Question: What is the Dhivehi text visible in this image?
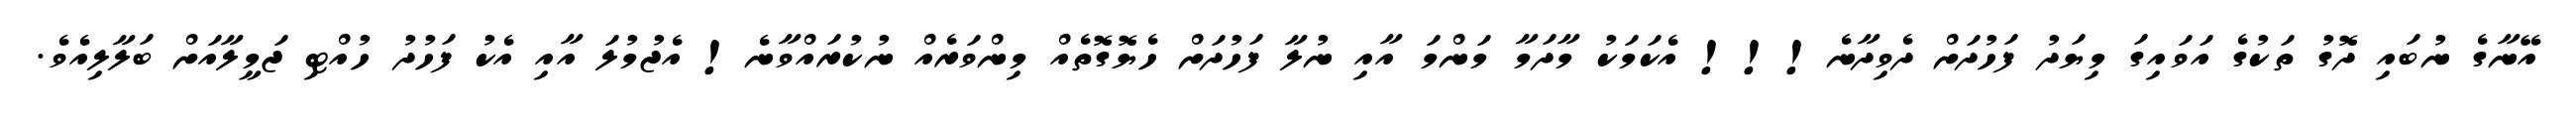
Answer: އޭނާގެ ނުބައި ދޮގު ތަކުގެ އަވައިގަ މިޔަދު ފަހުދަށް ދެވިދާނެ!!! އެކަމަކު މާދަމާ މަންމަ އާއި ނުލާ ފަހުދަށް ހެޔޮގޮތެއް މިންވަރެއް ނުކުރައްވާނެ! އެޖުމުލަ އާއި އެކު ފަހުދު ހުއްޓި ޖަމީލާއަށް ބަލާލިއެވެ.